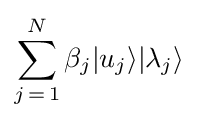
\sum _{j\mathop {=} 1}^{N}\beta _{j}|u_{j}\rangle |\lambda _{j}\rangle